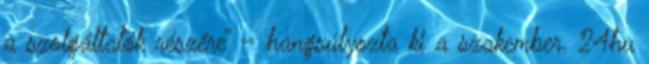
a szolgáltatók részére” – hangsúlyozta ki a szakember. 24hu